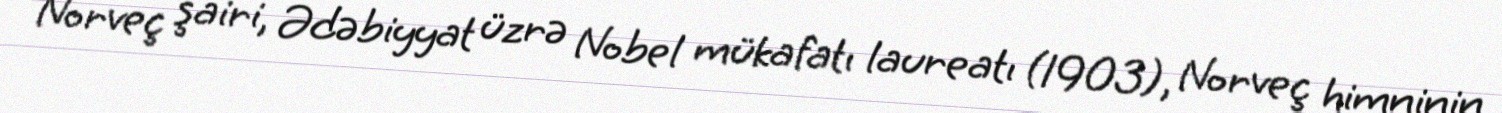
Norveç şairi, Ədəbiyyat üzrə Nobel mükafatı laureatı (1903), Norveç himninin